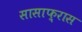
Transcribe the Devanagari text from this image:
सासाफ़्रास